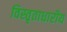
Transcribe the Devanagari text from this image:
विस्तृताधारीय